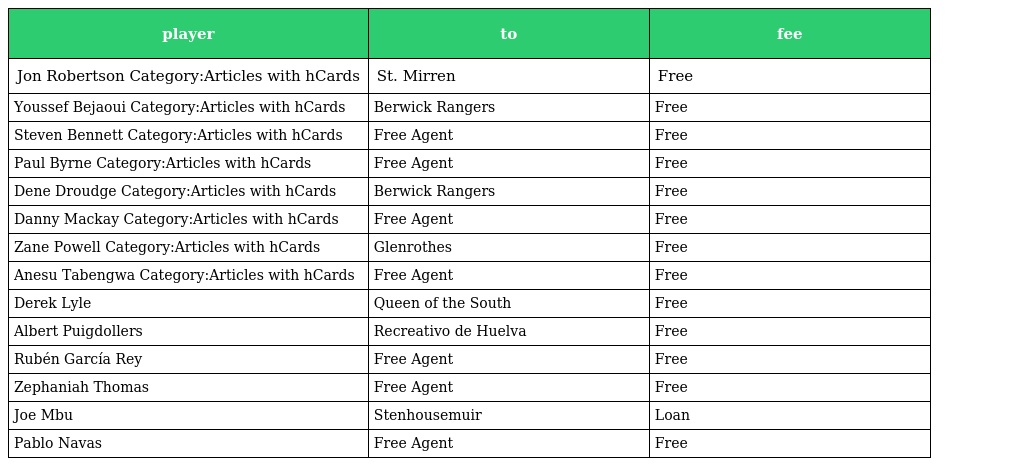
| player | to | fee |
 | --- | --- | --- |
 | Jon Robertson Category:Articles with hCards | St. Mirren | Free |
 | Youssef Bejaoui Category:Articles with hCards | Berwick Rangers | Free |
 | Steven Bennett Category:Articles with hCards | Free Agent | Free |
 | Paul Byrne Category:Articles with hCards | Free Agent | Free |
 | Dene Droudge Category:Articles with hCards | Berwick Rangers | Free |
 | Danny Mackay Category:Articles with hCards | Free Agent | Free |
 | Zane Powell Category:Articles with hCards | Glenrothes | Free |
 | Anesu Tabengwa Category:Articles with hCards | Free Agent | Free |
 | Derek Lyle | Queen of the South | Free |
 | Albert Puigdollers | Recreativo de Huelva | Free |
 | Rubén García Rey | Free Agent | Free |
 | Zephaniah Thomas | Free Agent | Free |
 | Joe Mbu | Stenhousemuir | Loan |
 | Pablo Navas | Free Agent | Free |